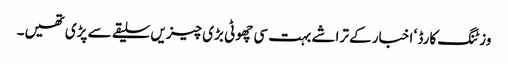
وزٹنگ کارڈ ‘ اخبار کے تراشے بہت سی چھوٹی بڑی چیزیں سلیقے سے پڑی تھیں۔